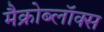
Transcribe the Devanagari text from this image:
मैक्रोब्लॉक्स